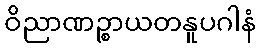
ဝိညာဏဉ္စာယတနူပဂါနံ